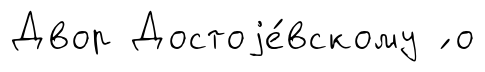
Двор Достоjе́вскому ́ о